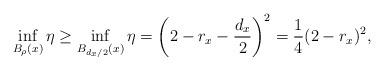
LaTeX: \begin{align*}\inf_{B_{\rho}(x)} \eta \ge \inf_{B_{d_x/2}(x)} \eta = \left(2-r_x-\frac{d_x}{2}\right)^2 = \frac{1}{4}(2-r_x)^2,\end{align*}